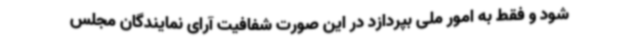
شود و فقط به امور ملی بپردازد در این صورت شفافیت آرای نمایندگان مجلس